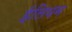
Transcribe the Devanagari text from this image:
ईलियम